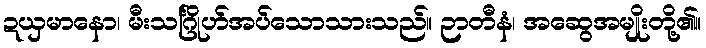
ဍယှမာနော၊ မီးသင်္ဂြိုဟ်အပ်သောသားသည်။ ဉာတီနံ၊ အဆွေအမျိုးတို့၏။